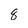
Character: 8